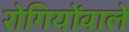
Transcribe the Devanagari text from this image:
रोगियोंवाले